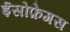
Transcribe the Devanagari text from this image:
ईसोफ़ेगस